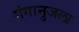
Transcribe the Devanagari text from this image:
गंगानुजला